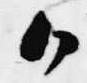
候